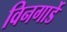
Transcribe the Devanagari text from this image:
विनगार्डे